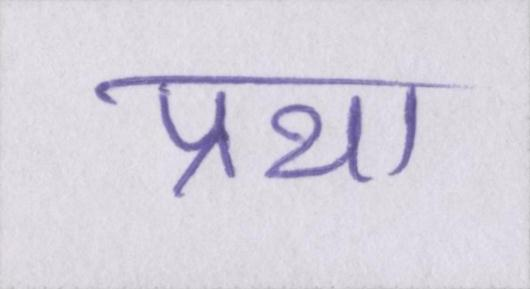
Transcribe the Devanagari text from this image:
प्रथा